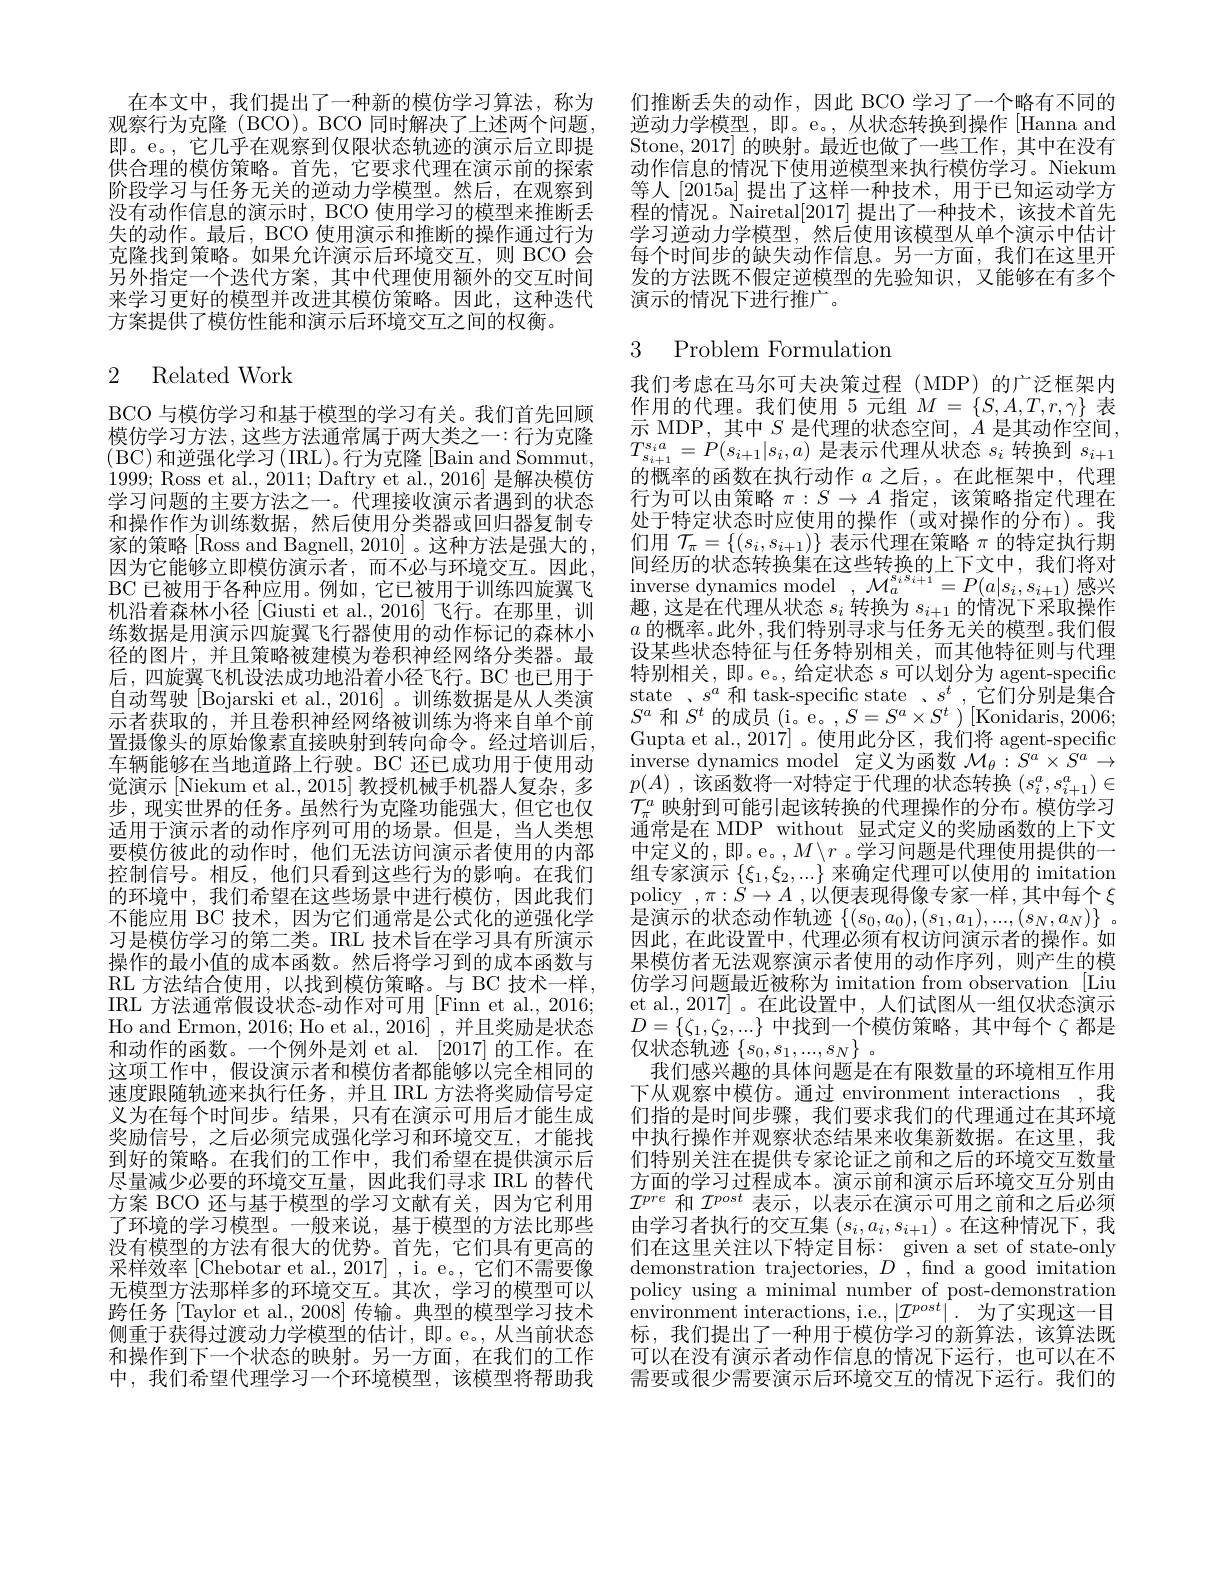
在本文中，我们提出了一种新的模仿学习算法，称为观察行为克隆(BCO)。BCO 同时解决了上述两个问题， 即。e。,它几乎在观察到仅限状态轨迹的演示后立即提供合理的模仿策略。首先，它要求代理在演示前的探索阶段学习与任务无关的逆动力学模型。然后，在观察到没有动作信息的演示时，BCO 使用学习的模型来推断丢失的动作。最后，BCO 使用演示和推断的操作通过行为克隆找到策略。如果允许演示后环境交互，则 BCO 会另外指定一个迭代方案，其中代理使用额外的交互时间来学习更好的模型并改进其模仿策略。因此，这种迭代方案提供了模仿性能和演示后环境交互之间的权衡。

# 2 Related Work

BCO 与模仿学习和基于模型的学习有关。我们首先回顾1999; Ross et al., 2011; Daftry et al., 2016] 是解决模仿学习问题的主要方法之一。代理接收演示者遇到的状态和操作作为训练数据，然后使用分类器或回归器复制专家的策略 [Ross and Bagnell, 2010] 。这种方法是强大的 , 因为它能够立即模仿演示者，而不必与环境交互。因此， BC 已被用于各种应用。例如，它已被用于训练四旋翼飞机沿着森林小径[Giusti et al., 2016]飞行。在那里，训练数据是用演示四旋翼飞行器使用的动作标记的森林小径的图片，并且策略被建模为卷积神经网络分类器。最后，四旋翼飞机设法成功地沿着小径飞行。BC 也已用于自动驾驶[Bojarski et al.,2016]。训练数据是从人类演示者获取的，并且卷积神经网络被训练为将来自单个前置摄像头的原始像素直接映射到转向命令。经过培训后， 车辆能够在当地道路上行驶。BC 还已成功用于使用动觉演示[Niekum et al., 2015] 教授机械手机器人复杂，多步 , 现实世界的任务。虽然行为克隆功能强大，但它也仅适用于演示者的动作序列可用的场景。但是，当人类想要模仿彼此的动作时，他们无法访问演示者使用的内部控制信号。相反，他们只看到这些行为的影响。在我们的环境中，我们希望在这些场景中进行模仿，因此我们不能应用 BC 技术，因为它们通常是公式化的逆强化学习是模仿学习的第二类。IRL 技术旨在学习具有所演示操作的最小值的成本函数。然后将学习到的成本函数与RL 方法结合使用，以找到模仿策略。与 BC 技术一样， IRL 方法通常假设状态-动作对可用 [Finn et al., 2016; Ho and Ermon, 2016; Ho et al., 2016] , 并且奖励是状态和动作的函数。一个例外是刘 et al. $\left|2017\right|$的工作。在这项工作中，假设演示者和模仿者都能够以完全相同的速度跟随轨迹来执行任务，并且 IRL 方法将奖励信号定义为在每个时间步。结果，只有在演示可用后才能生成奖励信号，之后必须完成强化学习和环境交互，才能找到好的策略。在我们的工作中，我们希望在提供演示后尽量减少必要的环境交互量，因此我们寻求 IRL 的替代方案 BCO 还与基于模型的学习文献有关，因为它利用了环境的学习模型。一般来说，基于模型的方法比那些没有模型的方法有很大的优势。首先，它们具有更高的采样效率[Chebotar et al.,2017] ,i。e。, 它们不需要像无模型方法那样多的环境交互。其次，学习的模型可以跨任务 [Taylor et al., 2008] 传输。典型的模型学习技术侧重于获得过渡动力学模型的估计，即。e。,从当前状态和操作到下一个状态的映射。另一方面，在我们的工作中，我们希望代理学习一个环境模型，该模型将帮助我

们推断丢失的动作，因此 BCO 学习了一个略有不同的逆动力学模型，即。e。,从状态转换到操作[Hanna and] Stone,2017] 的映射。最近也做了一些工作，其中在没有动作信息的情况下使用逆模型来执行模仿学习。Niekum 等人[2015a] 提出了这样一种技术，用于已知运动学方$\dot{\text{程的情况。}}\dot{\text{Nairetal}}[2017]$提出了一种技术，该技术首先学习逆动力学模型，然后使用该模型从单个演示中估计每个时间步的缺失动作信息。另一方面，我们在这里开发的方法既不假定逆模型的先验知识，又能够在有多个演示的情况下进行推广。

# 3 Problem Formulatior

我们考虑在马尔可夫决策过程(MDP)的广泛框架内作用的代理。我们使用 5 元组$M=\{S,A,T,r,\gamma\}$表
模 仿 学 习 方 法 , 这 些 方 法 通 常 属 于 两 大 类 之 一 : 行 为 克 隆 示 MDP, 其 中 $S$ 是 代 理 的 状 态 空 间 , $A$ 是 其 动 作 空 间 , $\text{(BC)和逆强化学习(IRL)。行为克隆[Bain and Sommut,} T_{s_{i+1}^{s,a}=P(s_{i+1}|s_{i},a)\text{ 是表示代理从状态 }s_{i}\text{ 转换到 }s_{i+1}$ $}\text{ (BC) 和逆强化学习(IRL)。行为克隆[Bain and Sommut,} T_{s_{i+1}^{s,a}=P(s_{i+1}|s_{i},a)\text{}}$
的概率的函数在执行动作$a$之后，。在此框架中，代理行为可以由策略$\pi:S\to A$指定，该策略指定代理在处于特定状态时应使用的操作(或对操作的分布)。我们用$\mathcal{T}_\pi=\{(s_i,s_{i+1})\}$表示代理在策略$\pi$的特定执行期间经历的状态转换集在这些转换的上下文中，我们将对$\begin{array}{c}{\text{inverse dynamics model}}\\{\mathrm{,}\mathcal{M}_{a}^{s_{i}s_{i+1}}=P(a|s_{i},s_{i+1})\text{ 感兴}}\end{array}$ 趣，这是在代理从状态$s_i$转换为$s_i+1$的情况下采取操作$a$ 的概率。此外，我们特别寻求与任务无关的模型。我们假设某些状态特征与任务特别相关，而其他特征则与代理特别相关，即。e。, 给定状态$s$可以划分为 agent-specific state 、$s^a$ 和 task-specific state 、$s^t$,它们分别是集合$S^{a}$和$S^t$的成员(i。e。$,S=S^a\times S^t)[$Konidaris,2006; Gupta et al., 2017]。使用此分区，我们将 agent-specific inverse dynamics model 定义为函数$\mathcal{M}_\theta:S^a\times S^a\to$ $p(A)$ ,该函数将一对特定于代理的状态转换$(s_i^a,s_{i+1}^a)\in$ $\mathcal{T}_\pi^a$映射到可能引起该转换的代理操作的分布。模仿学习通常是在 MDP without 显式定义的奖励函数的上下文中定义的，即。e。$,M\backslash r$。学习问题是代理使用提供的一组专家演示$\{\xi_1,\xi_2,...\}$来确定代理可以使用的 imitation policy $,\pi:\dot{S}\to A$ ,以便表现得像专家一样，其中每个$\xi$ 是演示的状态动作轨迹$\{ ( s_0, a_0) , ( s_1, a_1) , . . . , ( s_N, a_N) \}$ . 因此，在此设置中，代理必须有权访问演示者的操作。如果模仿者无法观察演示者使用的动作序列，则产生的模仿学习问题最近被称为 imitation from observation [Liu et al.,2017]。在此设置中，人们试图从一组仅状态演示$D=\{\zeta_1,\zeta_2,...\}$ 中找到一个模仿策略，其中每个$\zeta$ 都是仅状态轨迹$\{s_0,s_1,...,s_N\}$。
我们感兴趣的具体问题是在有限数量的环境相互作用下从观察中模仿。通过 environment interactions ,我们指的是时间步骤，我们要求我们的代理通过在其环境中执行操作并观察状态结果来收集新数据。在这里，我们特别关注在提供专家论证之前和之后的环境交互数量方面的学习过程成本。演示前和演示后环境交互分别由$\mathcal{I}^{pre}$和$\mathcal{I}^{post}$表示，以表示在演示可用之前和之后必须由学习者执行的交互集$(s_i,a_i,s_{i+1})$ 。在这种情况下，我们在这里关注以下特定目标：given a set of state-only demonstration trajectories, $D$ , find a good imitation policy using a minimal number of post-demonstration environment interactions, i.e., $\left|\mathcal{I}^{post}\right|.$为了实现这一目标，我们提出了一种用于模仿学习的新算法，该算法既可以在没有演示者动作信息的情况下运行，也可以在不需要或很少需要演示后环境交互的情况下运行。我们的